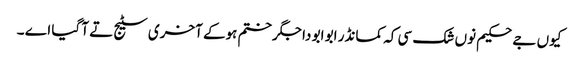
کیوں جے حکیم نوں شک سی کہ کمانڈر ابو ابو دا جگر ختم ہوکے آخری سٹیج تے آ گیا اے ۔